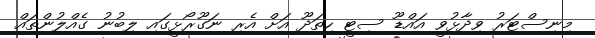
މިނިސްޓަރު ވިދާޅުވީ އައްޑޫ ސިޓީ ހިތަދޫ އަށް އެރި ނަގޫރޯޅީގައި ލިބުނު ގެއްލުންތައް